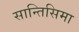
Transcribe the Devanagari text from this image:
सान्तिसिमा